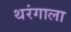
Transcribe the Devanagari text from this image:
थरंगाला